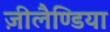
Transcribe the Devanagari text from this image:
ज़ीलैण्डिया